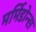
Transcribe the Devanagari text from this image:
मर्मिडोन्स